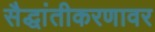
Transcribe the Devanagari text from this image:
सैद्धांतीकरणावर